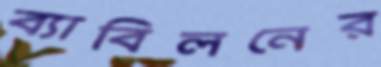
ব্যাবিলনের